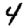
Digit: 4